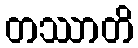
တဿာတိ